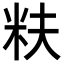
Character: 𬖐